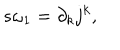
s \omega _ { 1 } = \partial _ { k } j ^ { k } ,